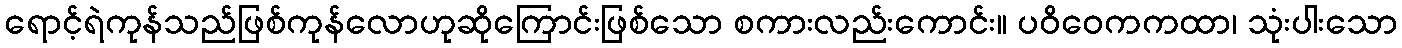
ရောင့်ရဲကုန်သည်ဖြစ်ကုန်လောဟုဆိုကြောင်းဖြစ်သော စကားလည်းကောင်း။ ပဝိဝေကကထာ၊ သုံးပါးသော